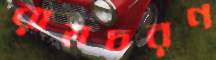
রামচরণ